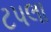
ટપલા